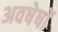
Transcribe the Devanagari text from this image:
अवषेषों